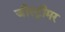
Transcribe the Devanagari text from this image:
जीस्ट्रीमर